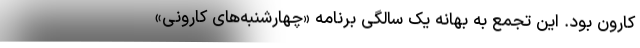
کارون بود. این تجمع به بهانه یک سالگی برنامه «چهارشنبه‌های کارونی»